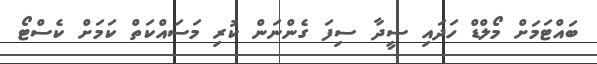
ބައްޓަމަށް މޯލްޑް ހަދައި ސީދާ ސިފަ ގެންނަން ކުރި މަސައްކަތް ކަމަށް ކެސްޓޯ